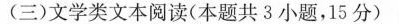
（三）文学类文本阅读（本题共3小题，15分）